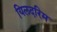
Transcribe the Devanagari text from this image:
यिलदरिम